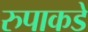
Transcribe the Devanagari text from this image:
रुपाकडे